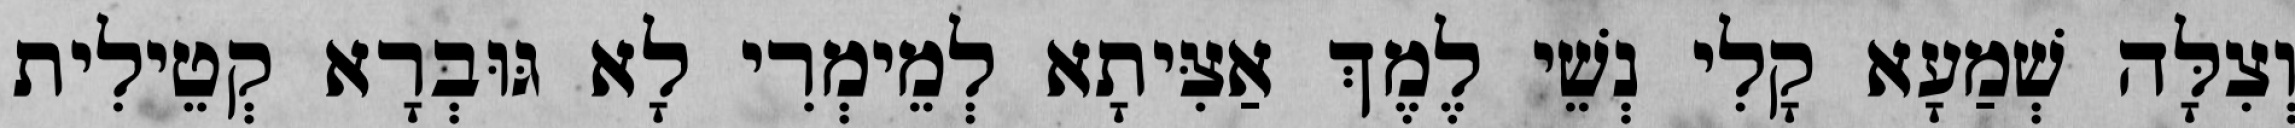
וְצִלָּה שְׁמַעָא קָלִי נְשֵׁי לֶמֶךְ אַצִּיתָא לְמֵימְרִי לָא גּוּבְרָא קְטֵילִית